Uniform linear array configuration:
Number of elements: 4
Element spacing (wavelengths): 0.5
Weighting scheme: hamming
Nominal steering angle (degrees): -60
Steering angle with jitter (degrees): -58.254
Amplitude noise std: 0.05
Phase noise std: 0.05

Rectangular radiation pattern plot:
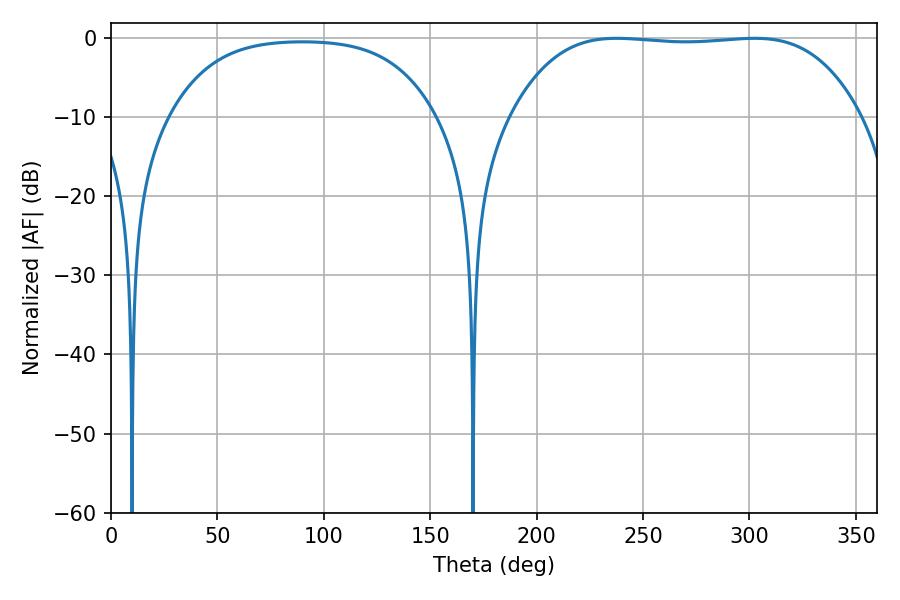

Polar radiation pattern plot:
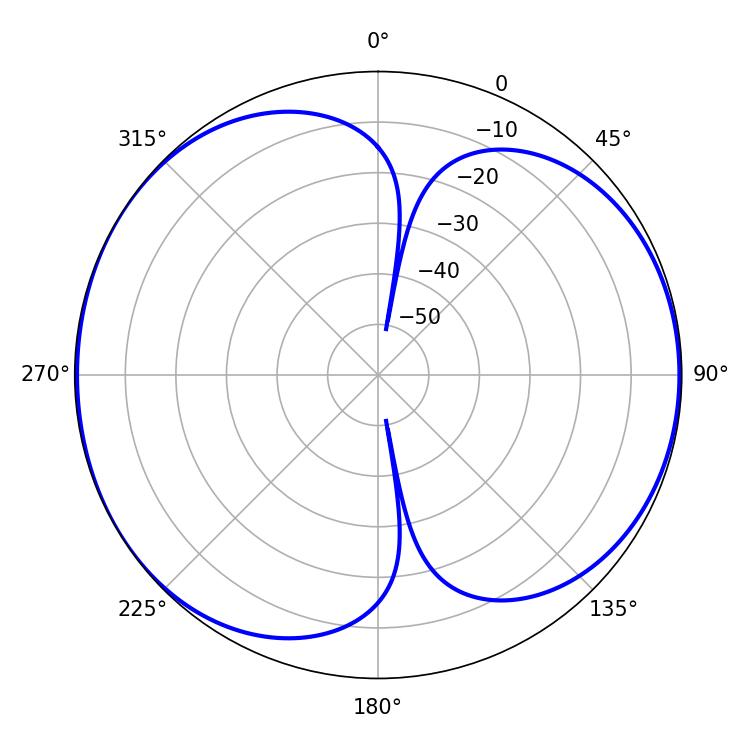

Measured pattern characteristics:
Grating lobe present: FALSE
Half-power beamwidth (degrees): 127.8
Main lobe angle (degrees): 237.6